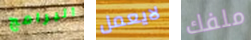
البرامج لايعمل ملفك